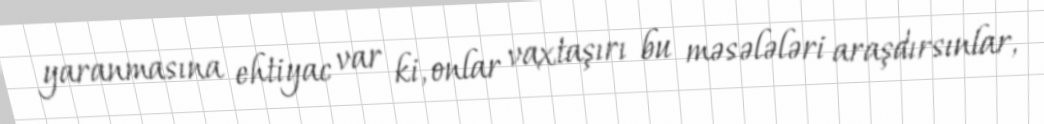
yaranmasına ehtiyac var ki, onlar vaxtaşırı bu məsələləri araşdırsınlar,